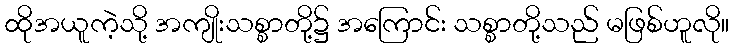
ထိုအယူကဲ့သို့ အကျိုးသစ္စာတို့၌ အကြောင်း သစ္စာတို့သည် မဖြစ်ဟူလို။